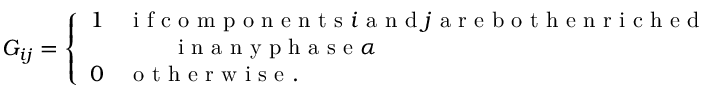
G _ { i j } = \left\{ \begin{array} { l l } { 1 } & { \mathrm { ~ i ~ f ~ c ~ o ~ m ~ p ~ o ~ n ~ e ~ n ~ t ~ s ~ } i \mathrm { ~ a ~ n ~ d ~ } j \mathrm { ~ a ~ r ~ e ~ b ~ o ~ t ~ h ~ e ~ n ~ r ~ i ~ c ~ h ~ e ~ d ~ } } \\ { \, } & { \qquad \mathrm { ~ i ~ n ~ a ~ n ~ y ~ p ~ h ~ a ~ s ~ e ~ } \alpha } \\ { 0 } & { \mathrm { ~ o ~ t ~ h ~ e ~ r ~ w ~ i ~ s ~ e ~ } . } \end{array} \right.